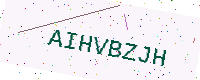
Text: AIHVBZJH